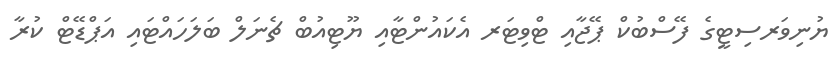
ޔުނިވަރސިޓީގެ ފޭސްބުކް ޕޭޖާއި ޓްވިޓަރ އެކައުންޓާއި ޔޫޓިއުބް ޗެނަލް ބަލަހައްޓައި އަޕްޑޭޓް ކުރާ